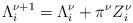
LaTeX: \begin{align*}\Lambda_i^{\nu+1}=\Lambda_i^{\nu}+\pi^{\nu}Z^{\nu}_i\end{align*}